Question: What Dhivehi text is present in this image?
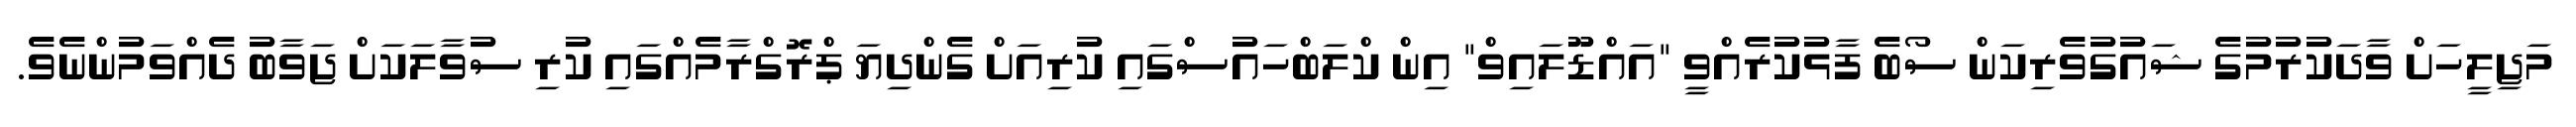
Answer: މަޖިލީހަށް ވާދަކުރުމުގެ ޝައުގުވެރިކަން ސޯބެ ފާޅުކުރެއްވީ "އައްޑޫލައިވް" އިން ކްލަބްހައުސްގައި ކުރިއަށް ގެންދިޔަ ޕްރޮގްރާމެއްގައި ކުރި ސުވާލަކަށް ޖަވާބު ދެއްވަމުންނެވެ.